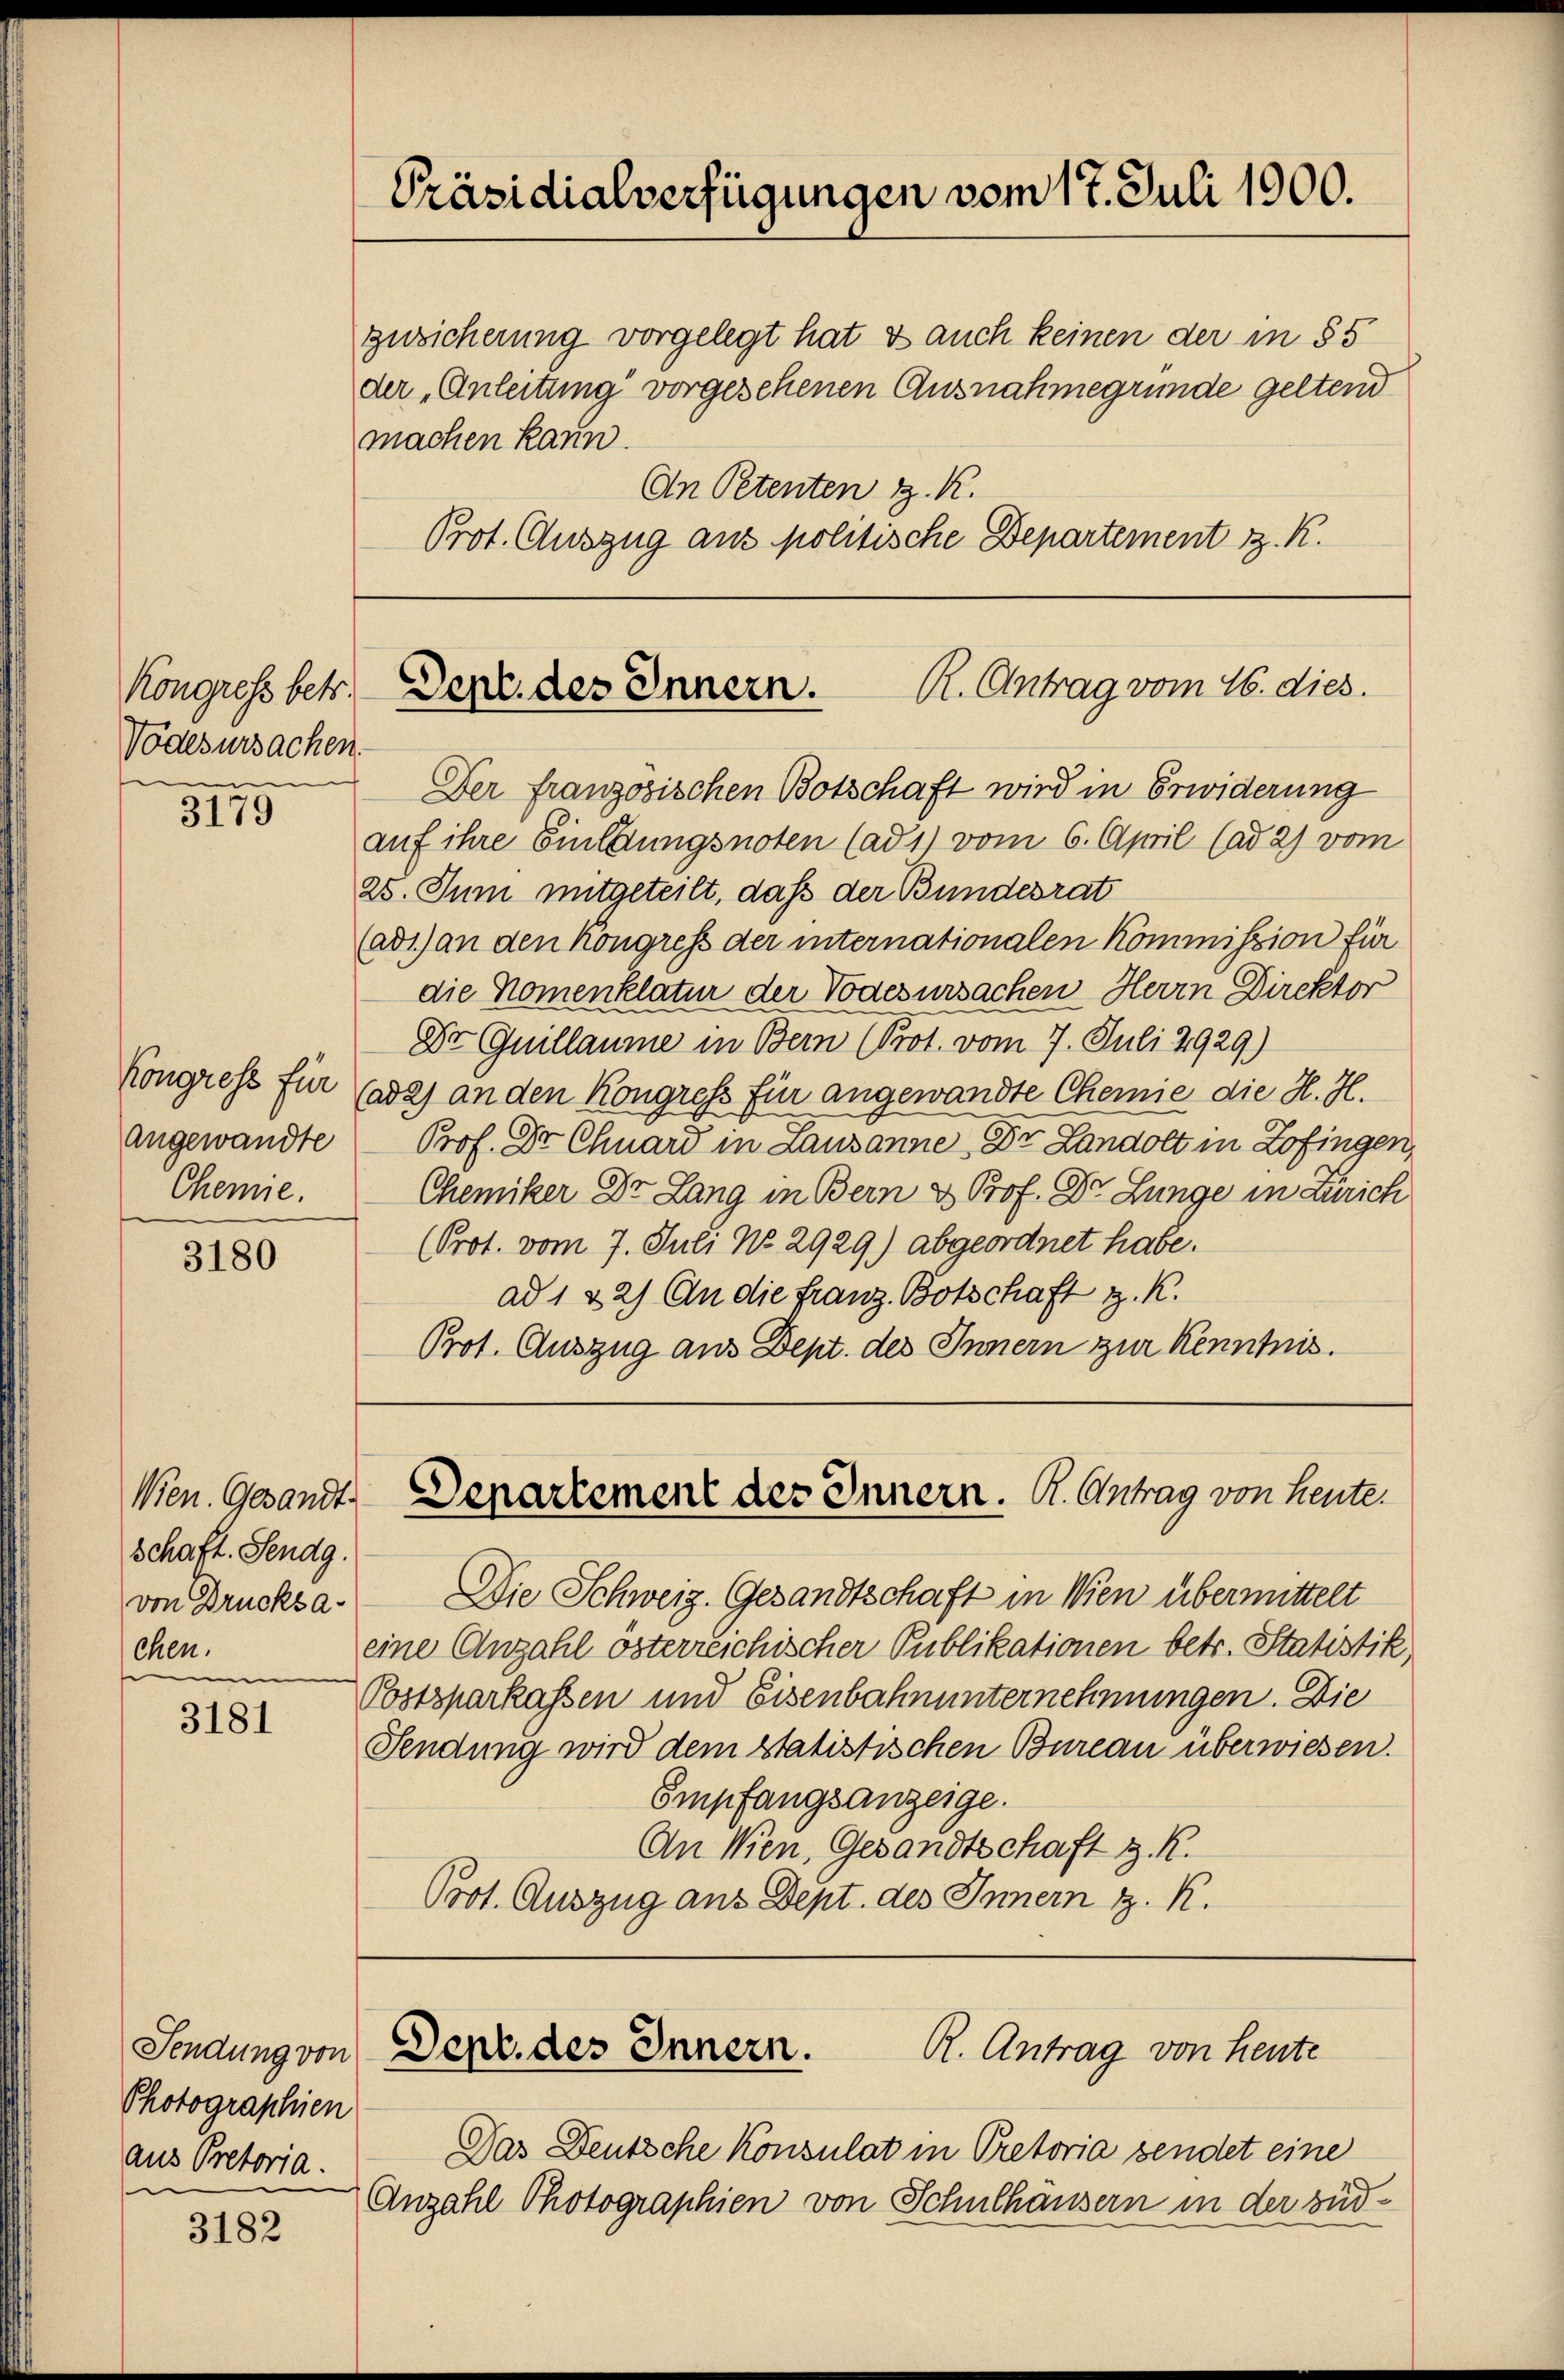
Vodesursachen.
e

3179

3180

Wien. Gesandt
schaft. Sendg.
von Drucksa-
chen.
n

3181

3182

zusicherung vorgelegt hat & auch keinen der in § 5
der „Anleitung vorgesehenen Ausnahmegrunde geltend
machen kann.
An Petenten H. K.
Prot. Auszug aus politische Departement z. K.

R. Antrag vom 16. dies.
Kongress betr. Dept. des Innern.

angewandte
Chemie.

Präsidialverfügungen vom 17. Juli 1900.

Der französischen Botschaft wird in Erwiderung
auf ihre Einladungsnoten (ad 1) vom 6. April (ad 2) vom
25. Juni mitgeteilt, daß der Bundesrat
(ad1) an den Kongress der internationalen Kommission für
die Nomenklatur der Todesursachen Herrn Direktor
Dr Guillaume in Bern (Prot. vom 7. Juli 2929.)
Kongress für Cada) an den Kongress für angewandte Chemie die H. H.
Prof. Dr. Chuard in Lausanne Dr. Landolt in Zofingen,
Chemiker Dr. Lang in Bern d. Prof. Dr. Lunge in Zürich
(Prot. vom 7. Juli No. 2929.) abgeordnet habe.
ad 1 & 2) An die Franz Botschaft z. K.
Prot. Auszug aus Dept. des Innern zur Kenntnis.

Sendung von
Photographien
aus Pretoria.

Departement des Innern. K. Antrag von heute.

Die Schweiz. Gesandtschaft in Wien übermittelt
eine Anzahl österreichischer Publikationen betr. Statistik
Postparkassen und Eisenbahnunternehmungen. Die
Sendung wird dem statistischen Bureau überwiesen.
Empfangsanzeige.
An Wien, Gesandtschaft z. R.
Prot. Auszug aus Dept. des Innern z. R.

R. Antrag von Heute
Sept. des Innern.

Das Deutsche Konsulat in Pretoria sendet eine
Anzahl Photographien von Schulhausern in der süd-